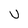
Character: U